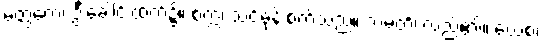
မတ္ထကေ၊ ဦးခေါင်းထက်၌။ စက္ကံ၊ သင်ဓုန်းစက်သည်။ ဘမတိ၊ လည်၏။ ယေစ၊